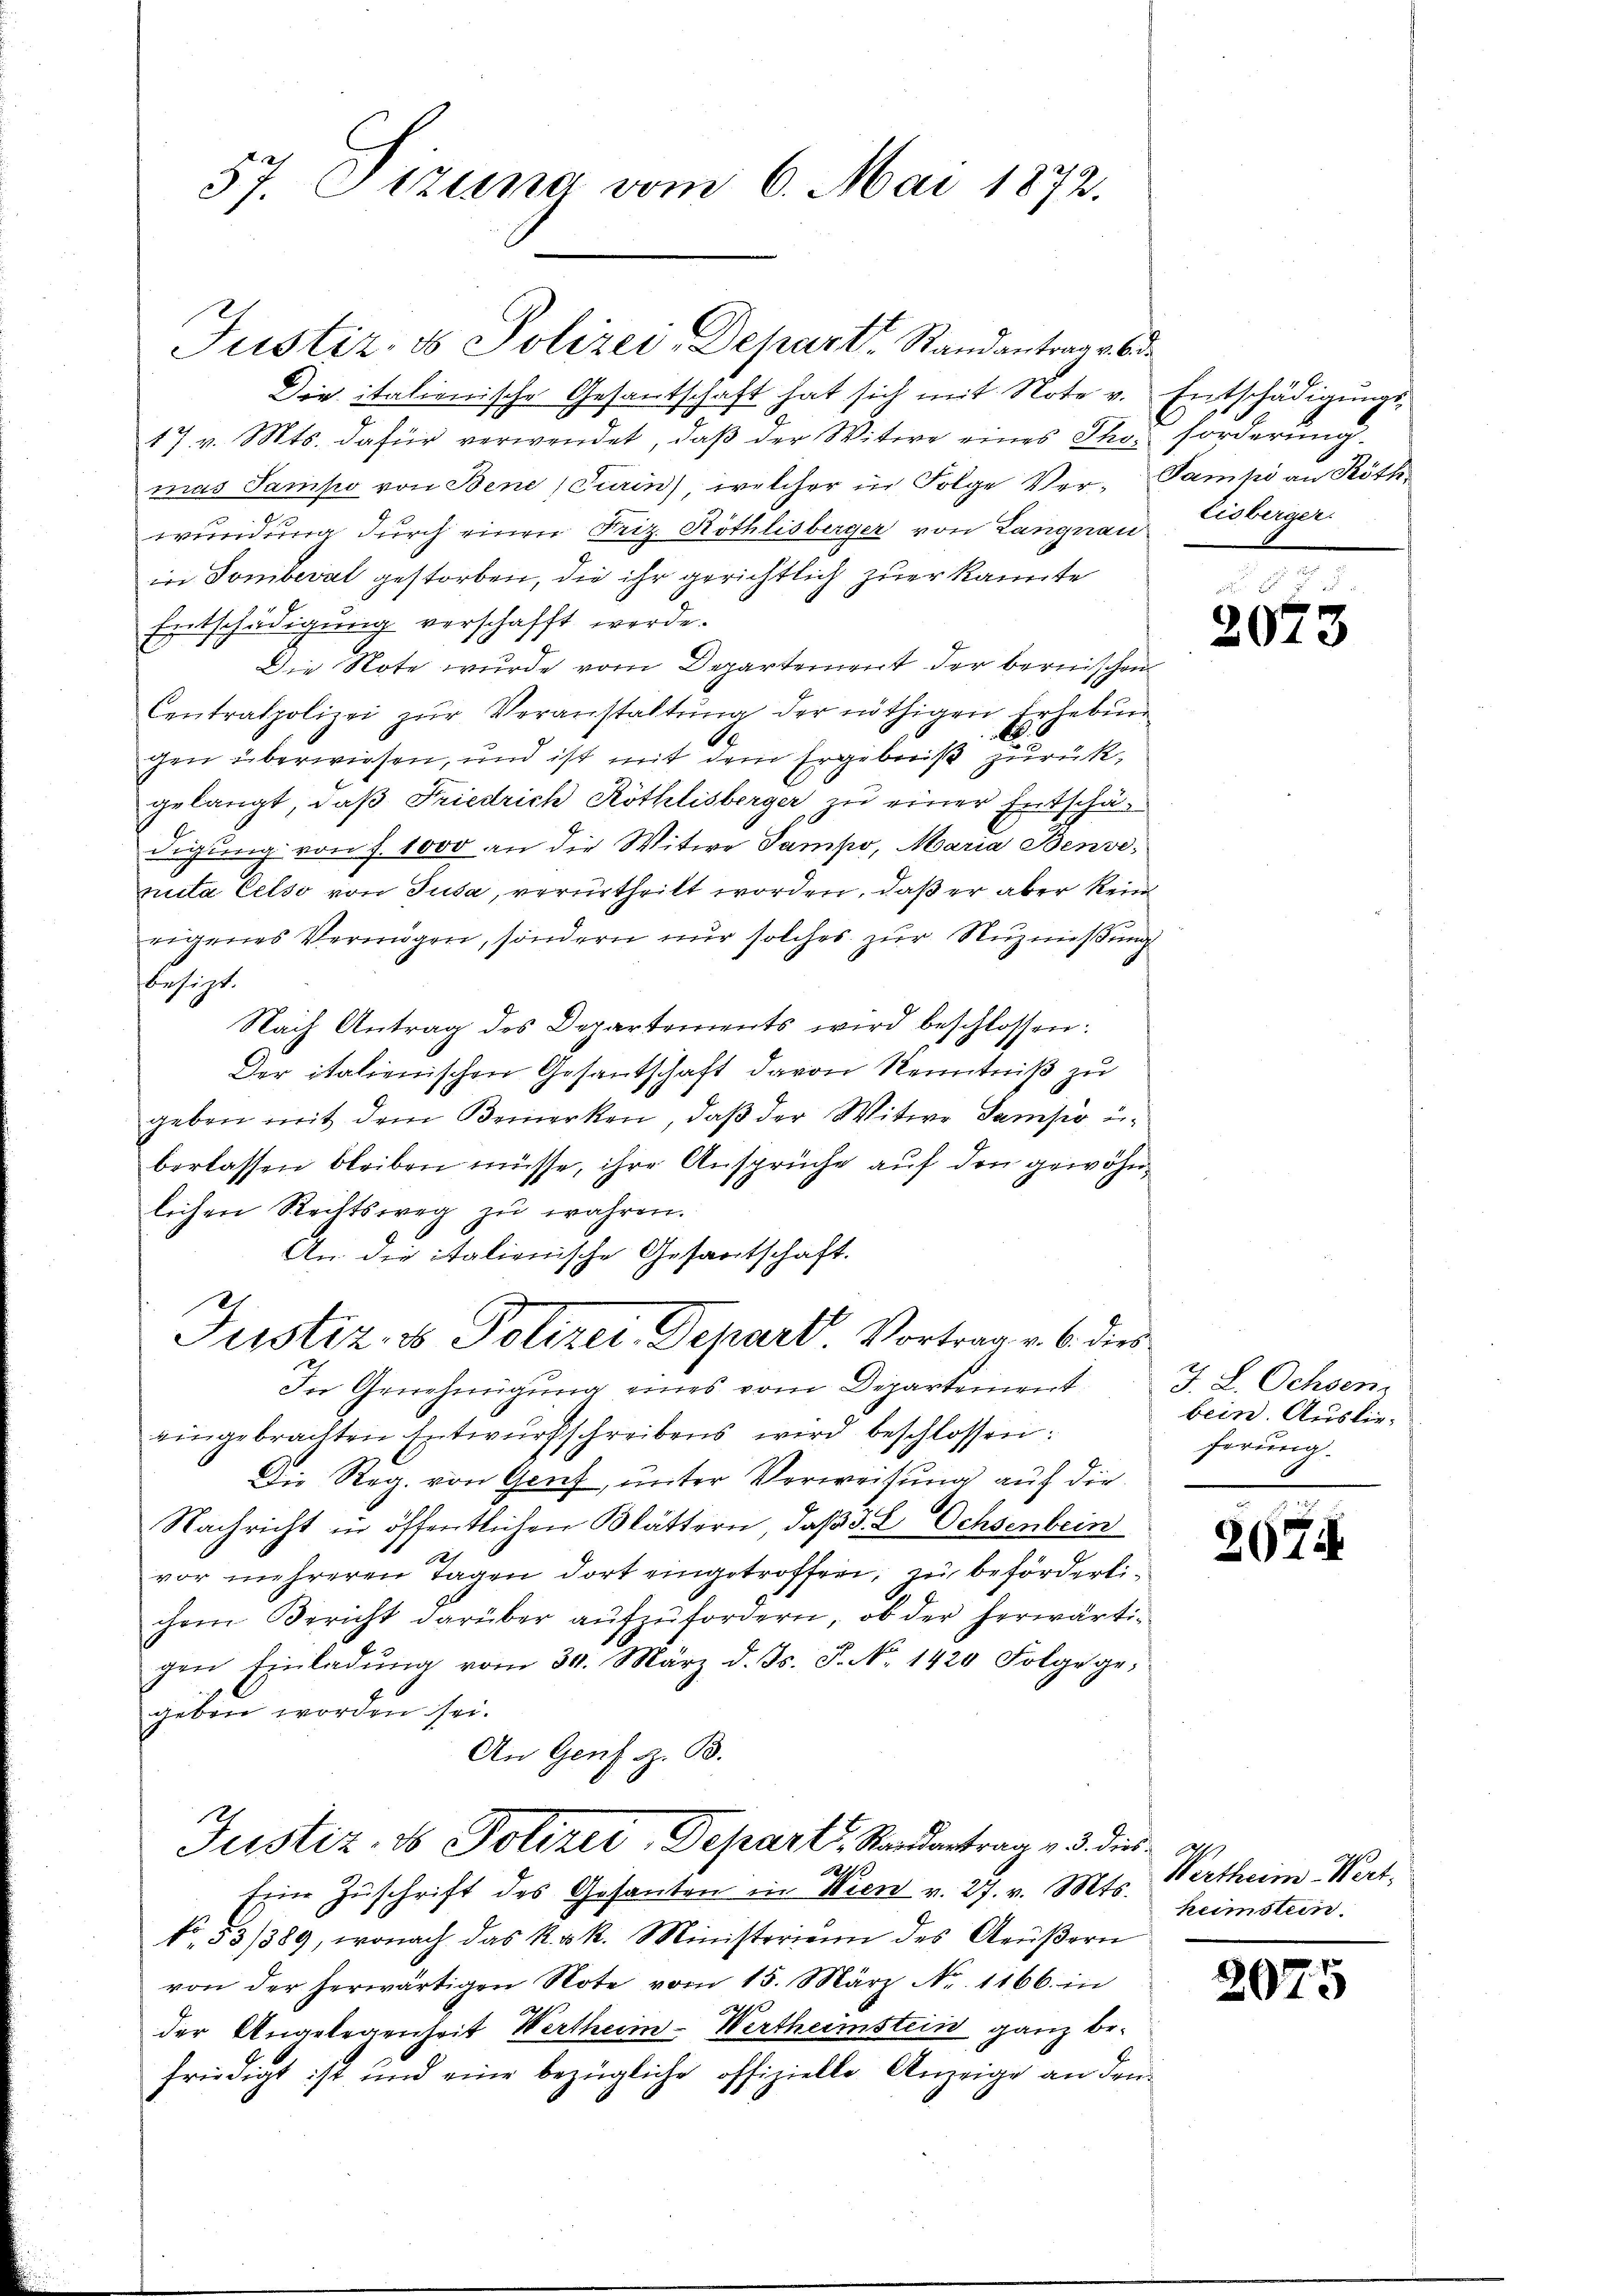
57. Sitzung vom 6. Mai 1872.

Justiz- & Polizey-Depart. Randantrag ab
Die italienische Gesantschaft hat sich mit Note v. Entschädigungs¬
17 v. Mts. dafür verwendet, daβ der Witwe eines Tho forderŭng.
mas Sampo von Bene, Turin) welcher in Folge Ver- Pampe an Köth
wundung durch einen Friz. Röthlisberger von Langnau, Eisberger
in Somberal gestorben, die ihr gerichtlich zuerkannte
Entschädigung verschafft werde.
Die Note wurde vom Departement der bernischen
Centralpolizei zŭr Veranstaltung der nöthigen Erhebun
B. 6
gen überwiesen, und ist mit dem Ergebniß zurückgelangt, daß Friedrich Röthlisberger zu einer Entschädigung von f. 1000 an die Witwe Sampo, Maria Benvenuta Celso von Tusa, verurtheilt worden, daß er aber kein
eigenes Vermögen, sondern nur solches zur Nuznißung
besizt.
Nach Antrag des Departements wird beschlossen:
Der italienischen Gesantschaft davon Kenntniß zu
geben mit dem Bemerken, daß der Witwe Samso eiberlassen bleiben müsse, ihre Ansprüche auf den gewöhnlichen Reittsweg zŭ wahren.
An die italienische Gesantschaft.
.
Justiz- & Polizei Depart. Vortrag v. 6. dies
In Genehmigung eines vom Departement
eingebrachten Entwŭrfschreibens wird beschlossen:
Die Reg. von Genf, unter Verweisung auf die
Nachricht in öffentlichen Blättern, daß d. 2. Ochsenbein
127
vor mehreren Tagen dort eingetroffen, zu beförderlichem Bericht darüber aufzufordern, ob der herwärtigen Einladŭng vom 30. März d. Js. J. No. 1420 Folge ge-
geben worden sei.
An Genf z. B.
Justiz- & Polizei- Depart, Randantrag v. 3. dies
2
Eine Zuschrift des Gesanten in Wien v. 27. v. Mts.
No. 53/389, wonach das k. k. Ministerien des Aeŭβern
von der herwärtigen Note vom 15. März No. 1166. in
h
der Angelegenheit Wertheim-Wertheimstein ganz be-
friedigt ist und eine bezügliche offizielle Anzeige an den

2075

J. L. Ochsen
bein. Auslieferung.

2074

G
Wertheim Wert.
heimstein.

2075